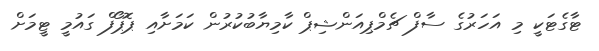
ޓާގެޓަކީ މި އަހަރުގެ ސާފް ޗެމްޕިއަންޝިޕް ކާމިޔާބުކުރުން ކަމަށާއި ޕޮޕޯފް ގައުމީ ޓީމަށް